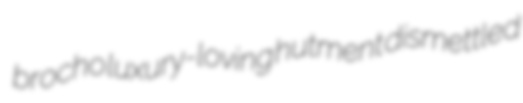
brocho luxury-loving hutment dismettled